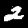
Label: 2